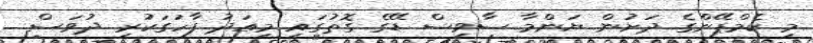
މި ކެމްޕޭންގެ ދަށުން ޔަންމާ ސާވިސް ޑޭގެ ގޮތުގައި މިއަދު ފާހަގަކުރި ދުވަސް